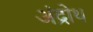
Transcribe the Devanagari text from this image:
अंद्रोथ